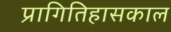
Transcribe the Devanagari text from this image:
प्रागितिहासकाल